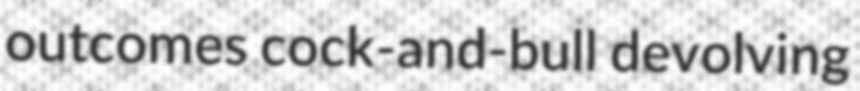
outcomes cock-and-bull devolving